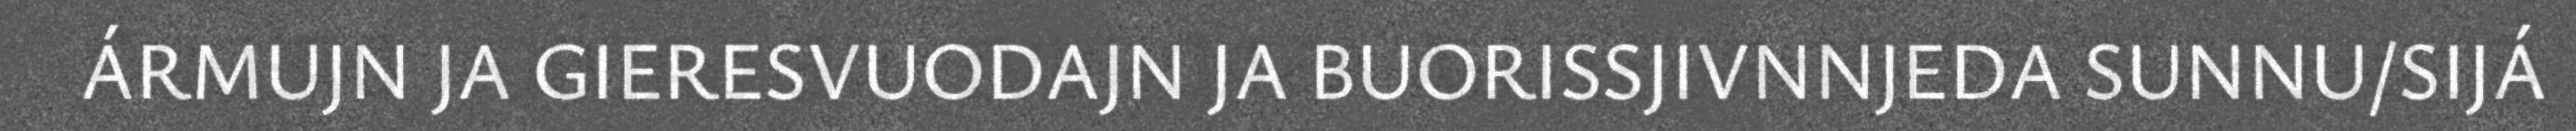
ÁRMUJN JA GIERESVUODAJN JA BUORISSJIVNNJEDA SUNNU/SIJÁ